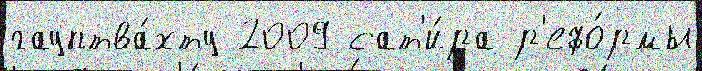
гауптва́хту 2009 сат'и́ра р'ефо́рмы